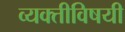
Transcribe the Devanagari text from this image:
व्यक्तीविषयी